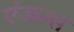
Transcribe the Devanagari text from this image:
एंजल्‍स